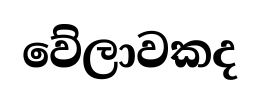
වේලාවකද